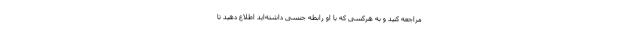
مراجعه کنید و به هرکسی که با او رابطه جنسی داشته‌اید اطلاع دهید تا